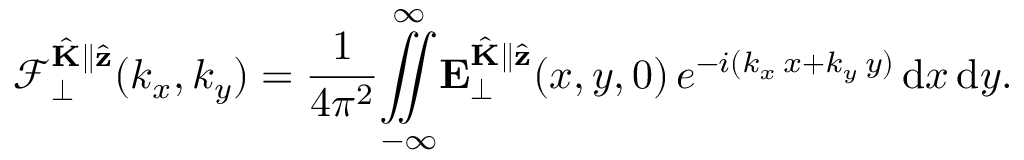
\mathcal { F } _ { \perp } ^ { \hat { \mathbf { K } } \parallel \hat { \mathbf { z } } } ( k _ { x } , k _ { y } ) = \frac { 1 } { 4 \pi ^ { 2 } } \overset { \infty } { \underset { - \infty } { \iint } } \mathbf { E } _ { \perp } ^ { \hat { \mathbf { K } } \parallel \hat { \mathbf { z } } } ( x , y , 0 ) \, e ^ { - i ( k _ { x } \, x + k _ { y } \, y ) } \, \mathrm { d } x \, \mathrm { d } y .